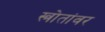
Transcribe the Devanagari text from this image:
स्त्रोतांवर